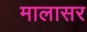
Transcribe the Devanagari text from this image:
मालासर